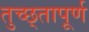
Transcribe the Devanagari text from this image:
तुच्छ्तापूर्ण